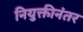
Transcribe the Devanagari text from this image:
नियुक्तीनंतर